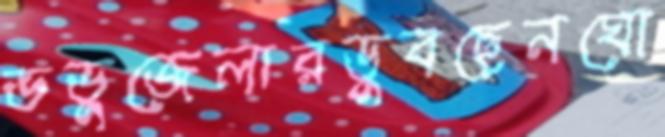
ভভুজেলারডুবছেনঘো